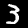
Label: 3